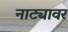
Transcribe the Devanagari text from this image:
नाट्यावर